Vaccination in Burma 1912-1922 - 1912-1922
Year: 1912
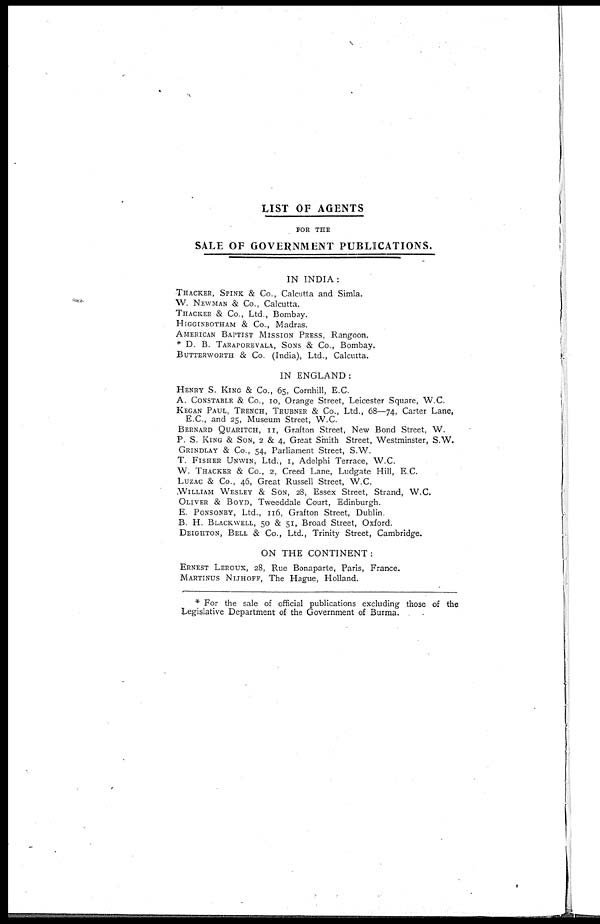
LIST OF AGENTS
FOR THE
SALE OF GOVERNMENT PUBLICATIONS.
IN INDIA:
THACKER, SPINK & Co., Calcutta and Simla.
W. NEWMAN & Co., Calcutta.
THACKER & Co., Ltd., Bombay.
HIGGINBOTHAM & Co., Madras.
AMERICAN BAPTIST MISSION PRESS, Rangoon.
* D. B. TARAPOREVALA, SONS & Co., Bombay.
BUTTERWORTH & Co. (India), Ltd., Calcutta.
IN ENGLAND:
HENRY S. KING & Co., 65, Cornhill, E.C.
A. CONSTABLE & Co., 10, Orange Street, Leicester Square, W.C.
KEGAN PAUL, TRENCH, TRUBNER & Co., Ltd., 68—74, Carter Lane,
E.C., and 25, Museum Street, W.C.
BERNARD QUARITCH, II, Grafton Street, New Bond Street, W.
P. S. KING & SON, 2 & 4, Great Smith Street, Westminster, S.W.
GRINDLAY & Co., 54, Parliament Street, S.W.
T. FISHER UNWIN, Ltd., I, Adelphi Terrace, W.C.
W. THACKER & Co., 2, Creed Lane, Ludgate Hill, E.C.
LUZAC & Co., 46, Great Russell Street, W.C.
WILLIAM WESLEY & SON, 28, Essex Street, Strand, W.C.
OLIVER & BOYD, Tweeddale Court, Edinburgh.
E. PONSONBY, Ltd., 116, Grafton Street, Dublin.
B. H. BLACKWELL, 50 & 51, Broad Street, Oxford.
DEIGHTON, BELL & Co., Ltd., Trinity Street, Cambridge.
ON THE CONTINENT:
ERNEST LEROUX, 28, Rue Bonaparte, Paris, France.
MARTINUS NIJHOFF, The Hague, Holland.
* For the sale of official publications excluding those of the
Legislative Department of the Government of Burma.